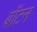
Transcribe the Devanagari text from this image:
बॉटन